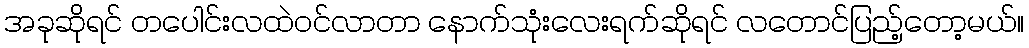
အခုဆိုရင် တပေါင်းလထဲဝင်လာတာ နောက်သုံးလေးရက်ဆိုရင် လတောင်ပြည့်တော့မယ်။